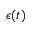
\epsilon ( t )